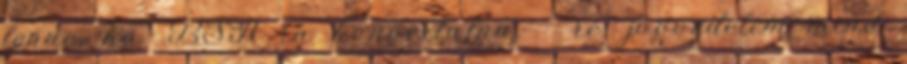
lenne, ha .BSA ra konvertalna. - re: jogvedelem mind